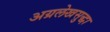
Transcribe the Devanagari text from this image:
अग्रलेखसुद्धा